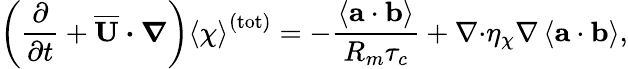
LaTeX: \left(\frac{\partial}{\partial t}+\boldsymbol{\overline{{\mathbf{U}}}\cdot\nabla}\right)\left\langle\chi\right\rangle^{(\mathrm{tot})}=-\frac{\left\langle\mathbf{a}\cdot\mathbf{b}\right\rangle}{R_{m}\tau_{c}}+\mathbf{\nabla\cdot}\eta_{\chi}\mathbf{\nabla}\left\langle\mathbf{a}\cdot\mathbf{b}\right\rangle,